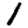
Digit: 1